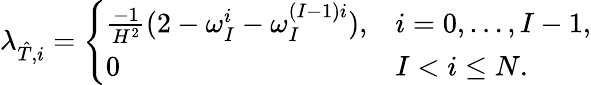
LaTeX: \lambda_{\hat{T},i}=\left\{ \begin{array}{ll}{\frac{-1}{H^{2}}(2-\omega_{I}^{i}-\omega_{I}^{(I-1)i}),}&{i=0,\ldots,I-1,}\\ {0}&{I<i\leq N.}\end{array}\right.